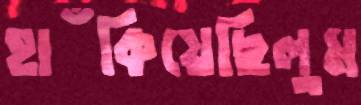
হাঁকিয়েছিলুম